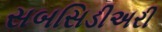
સબસિડીઅરી